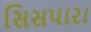
સિસપારા